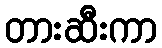
တားဆီးကာ